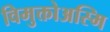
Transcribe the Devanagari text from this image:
विमुक्तोअस्मि